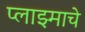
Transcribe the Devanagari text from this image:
प्लाझ्माचे